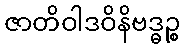
ဇာတိဝါဒဝိနိဗဒ္ဓဉ္စ